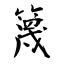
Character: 篾